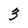
Character: 3